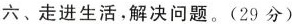
六、走进生活，解决问题。(29分)